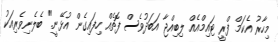
މިހާރު އެކަމް ފްރީ ޓައިމްއެއް ލިބިއްޖާ އަބަދުވެސް ފޮތެއް ހިފައިގެން އުޅޭނީ." ބެލެނިވެރިއަކު